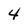
Character: 4